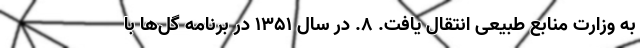
به وزارت منابع طبیعی انتقال یافت. ۸. در سال ۱۳۵۱ در برنامه گل‌ها با